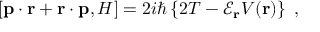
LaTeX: \left[ { \bf p } \cdot { \bf r } + { \bf r } \cdot { \bf p } , H \right] = 2 i \hbar \left\{ 2 T - { \mathcal E } _ { \bf r } V ( { \bf r } ) \right\} \; ,